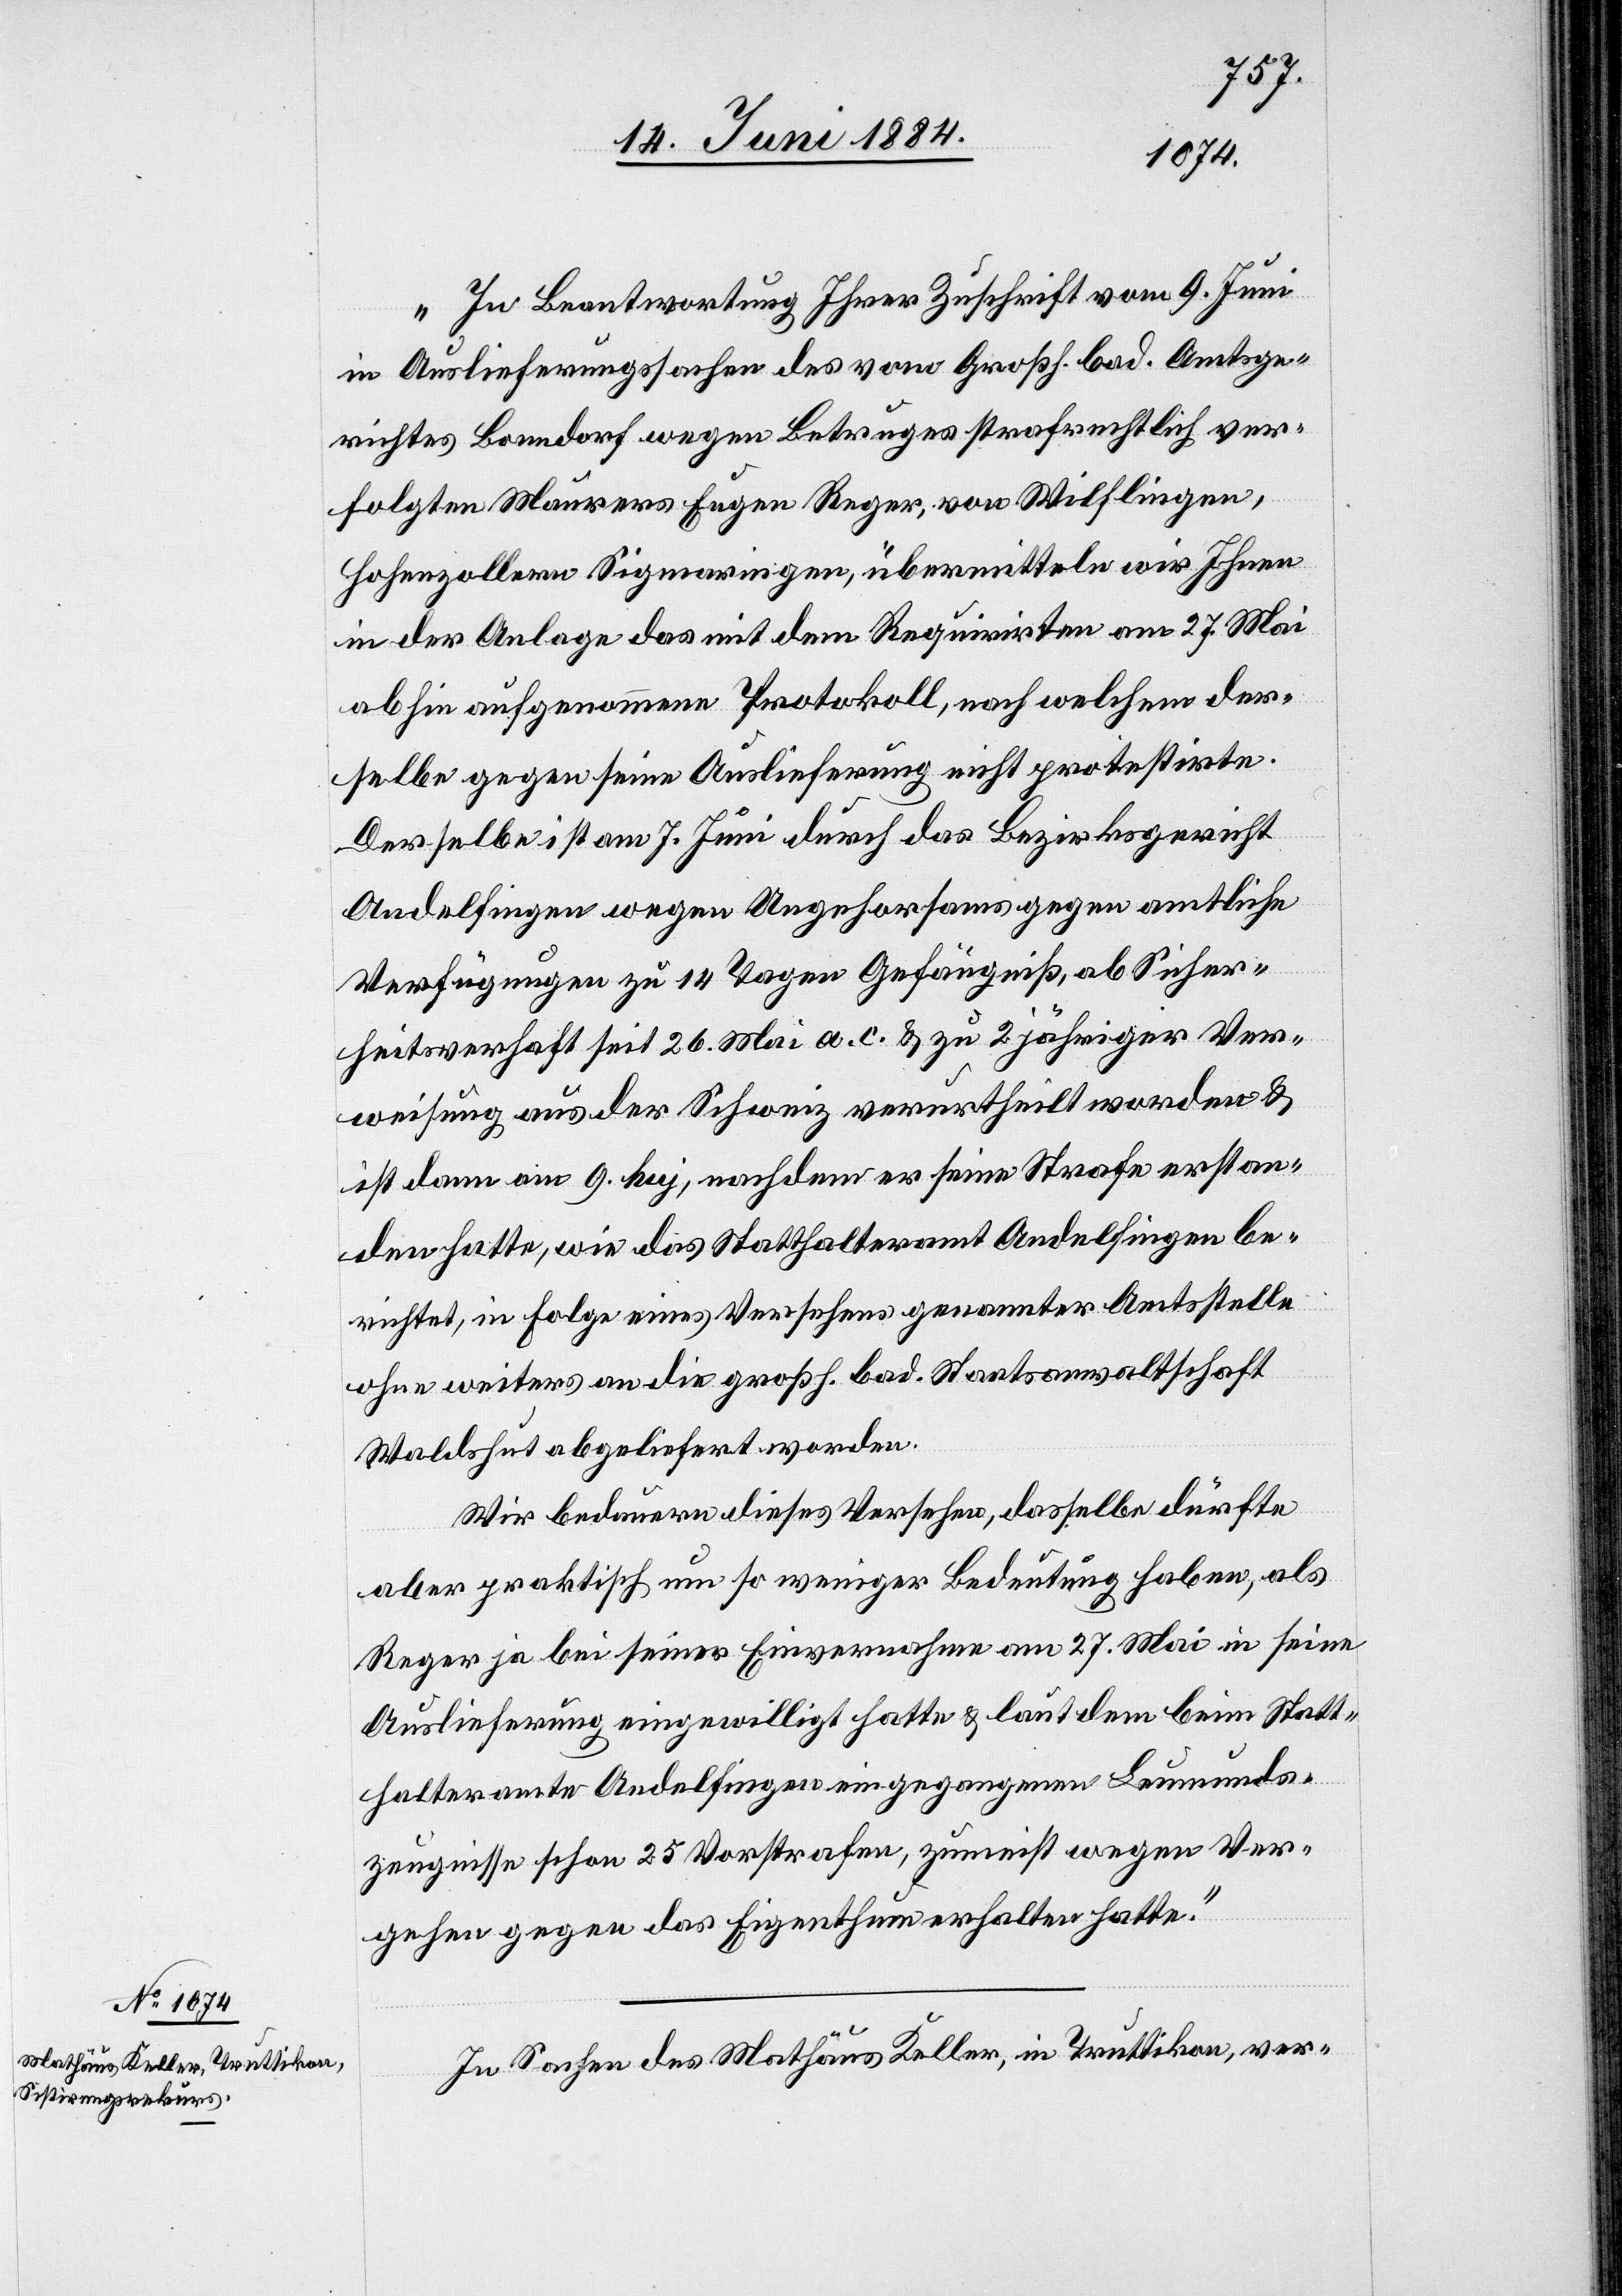
„In Beantwortung Ihrer Zuschrift vom 9. Juni
in Auslieferungssachen des vom Großh. bad. Amtsge¬
richtes Bonndorf wegen Betruges strafrechtlich ver¬
folgten Maurers Eugen Reger, von Wilflingen,
Hohenzollern Sigmaringen, übermitteln wir Ihnen
in der Anlage das mit dem Requirirten am 27. Mai
abhin aufgenommene Protokoll, nach welchem der¬
selbe gegen seine Auslieferung nicht protestirte.
derselbe ist am 7. Juni durch das Bezirksgericht
Andelfingen wegen Ungehorsams gegen amtliche
Verfügungen zu 14 Tagen Gefängniß, ab Siche¬
heitsverhaft seit 26. Mai a. c. & zu 2jähriger Ver¬
weisung aus der Schweiz verurtheilt worden &
ist dann am 9. huj, nachdem er seine Strafe erstan¬
den hatte, wie das Statthalteramt Andelfingen be¬
richtet, in Folge eines Versehens genannter Amtsstelle
ohne weiter[e]s an die großh. bad. Staatsanwaltschaft
Waldshut abgeliefert worden.
Wir bedauern dieses Versehen, dasselbe dürfte
aber praktisch um so weniger Bedeutung haben, als
Reger ja bei seiner Einvernahme am 27. Mai in seine
Auslieferung eingewilligt hatte & laut dem beim Statt¬
halteramte Andelfingen eingegangenen Leumunds¬
zeugnisse schon 25 Vorstrafen, zumeist wegen Ver¬
gehen gegen das Eigenthum erhalten hatte.“
In Sachen des Mathäus Keller, in Truttikon, ver-